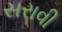
સરાવી